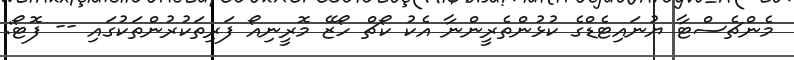
މެންޗެސްޓާ ޔުނައިޓެޑްގެ ކުޅުންތެރީންނާ އެކު ކޯޗް ހޯޒޭ މޮރީނިއޯ ފަރިތަކުރުންތަކުގައި -- ފޮޓޯ: